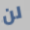
لن